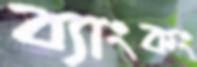
ব্যাংকং